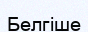
Белгіше